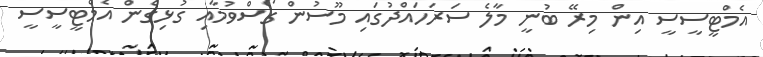
އެމްޓީސީސީ އިން މިރޭ ބުނީ މާލެ ސަރަހައްދުގައި މޫސުން ގޯސްވުމާއި ގުޅިގެން އެމްޓީސީސީ